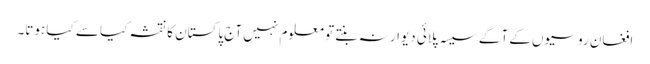
افغان روسیوں کے آگے سیسہ پلائی دیوار نہ بنتے تو معلوم نہیں آج پاکستان کا نقشہ کیا سے کیا ہوتا۔